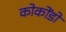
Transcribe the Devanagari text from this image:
कोकोंडो